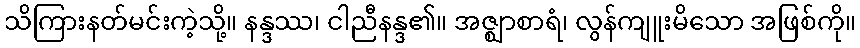
သိကြားနတ်မင်းကဲ့သို့။ နန္ဒဿ၊ ငါညီနန္ဒ၏။ အဇ္ဈာစာရံ၊ လွန်ကျူးမိသော အဖြစ်ကို။